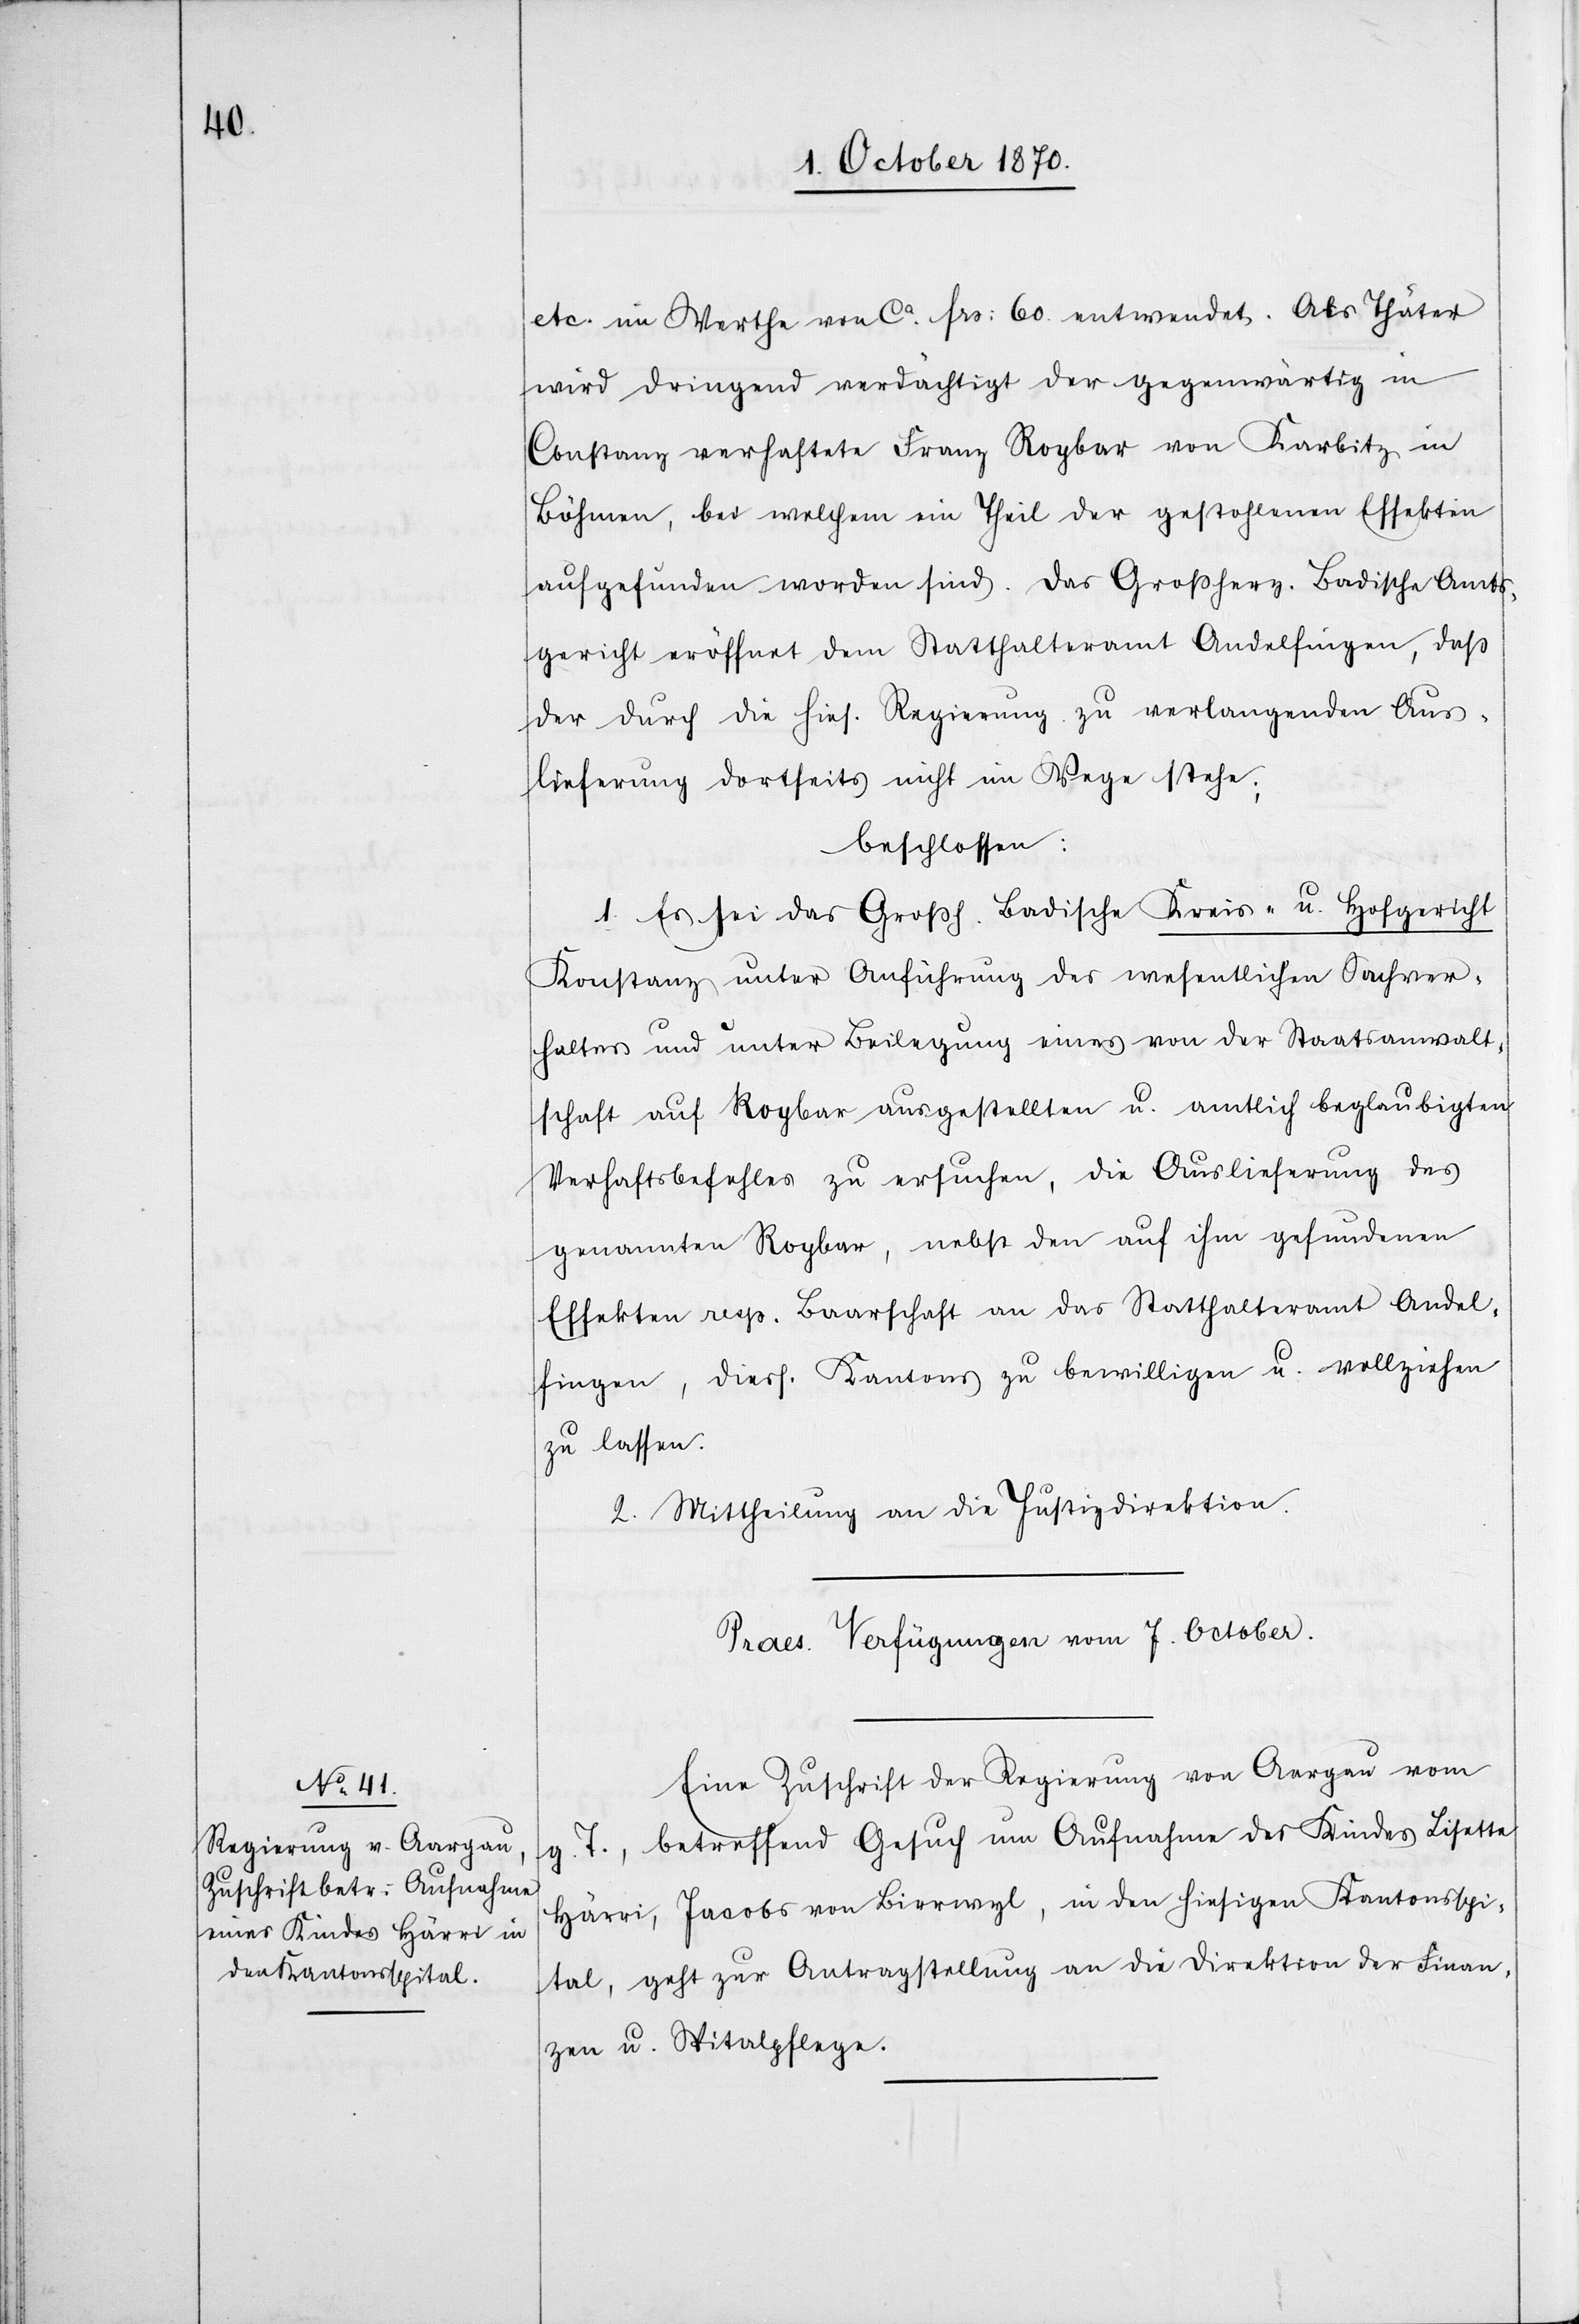
etc. im Werthe von ca. Fr: 60 entwendet. Als Thäter
wird dringend verdächtigt der gegenwärtig in
Constanz verhaftete Franz Rogbar von Karbitz in
Böhmen, bei welchem ein Theil der gestohlenen Effekten
aufgefunden worden sind. Das Großherz. Badische Amts¬
gericht eröffnet dem Statthalteramt Andelfingen, daß
der durch die hies. Regierung zu verlangenden Aus¬
lieferung dortseits nicht im Wege stehe;
beschlossen:
1. Es sei das Großh. Badische Kreis- u. Hofgericht
Konstanz unter Anführung des wesentlichen Sachver¬
haltes und unter Beilegung eines von der Staatsanwalt¬
schaft auf Rogbar ausgestellten u. amtlich beglaubigten
Verhaftsbefehles zu ersuchen, die Auslieferung des
genannten Rogbar, nebst den auf ihm gefundenen
Effekten resp. Baarschaft an das Statthalteramt Andel¬
fingen, diess. Kantons zu bewilligen u. vollziehen
zu lassen.
2. Mittheilung an die Justizdirektion.
Praes. Verfügungen vom 7. October.
Eine Zuschrift der Regierung von Aargau vom
g. T., betreffend Gesuch um Aufnahme des Kindes Lisette
Härri, Jacobs von Birrwyl, in den hiesigen Kantonsspi¬
tal, geht zur Antragstellung an die Direktion der Finan¬
zen u. Spitalpflege.